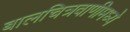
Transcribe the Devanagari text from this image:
बालचित्रवाणीमध्ये